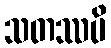
သတဿပိ